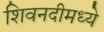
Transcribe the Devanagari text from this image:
शिवनदीमध्ये